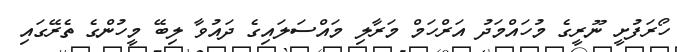
ހޯރަފުށީ ނޫރީގެ މުހައްމަދު އަރްހަމް މަރާލި މައްސަލައިގެ ދައުވާ ލިބޭ މީހުންގެ ތެރޭގައި